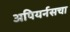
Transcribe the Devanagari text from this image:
अपियर्नसचा